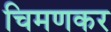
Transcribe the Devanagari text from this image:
चिमणकर